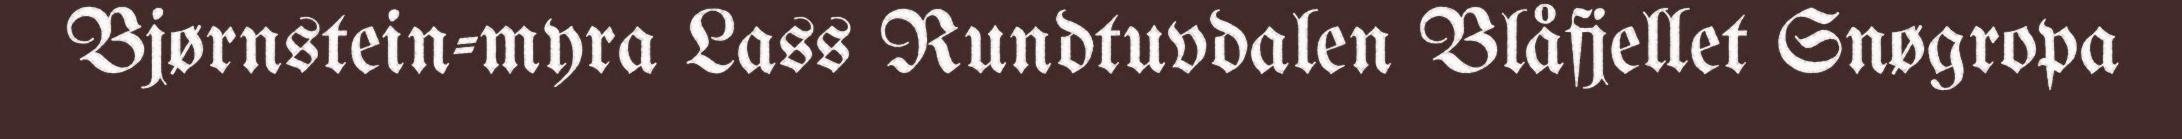
Bjørnstein-myra Lass Rundtuvdalen Blåfjellet Snøgropa